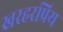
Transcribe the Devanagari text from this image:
खरहरप्रिय